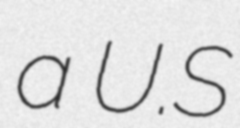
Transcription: a U.S